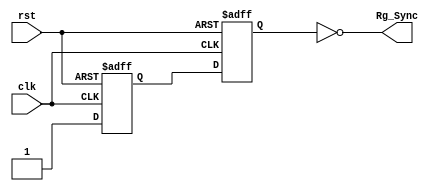
//****************************************************************// 
//  Class: CECS 361 						                          		//
//																						//				
//  Abstract:  AISO will manage the violations of clock like it's //
//					timing constraints. When reset it will reset all	//
//			design logic. When reset is one the clock is asynchronous//
//			due to not being in line with the clock.						//
//																	               //
//  Created by       <Alina Suon> on <11-29-18>.                  // 
//  Copyright  2018 <Alina Suon>. All rights reserved.           // 
//                                                                //                                                                              // 
//  In submitting this file for class work at CSULB               // 
//  I am confirming that this is my work and the work             // 
//  of no one else. In submitting this code I acknowledge that    // 
//  plagiarism in student project work is subject to dismissal.   //  
//  from the class                                                // 
//****************************************************************//
`timescale 1ns / 1ps
module AISO(clk,rst, Rg_Sync);
   // Input
	input       clk, rst;
   
   // Output 
	output      Rg_Sync;
   
   // Wire and Reg
   wire        Rg_Sync;
	reg         f1, f2;

	always @ (posedge clk, posedge rst) begin
		if (rst)
			{f1,f2} <= 2'B00;
         
		else
			{f1,f2} <= {1'b1,f1};
         
		end

		assign Rg_Sync = !f2;


endmodule